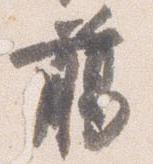
臈